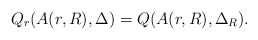
\begin{align*}Q_r(A(r,R),\Delta)=Q(A(r,R),\Delta_R).\end{align*}